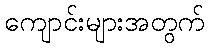
ကျောင်းများအတွက်